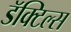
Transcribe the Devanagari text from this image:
डॅक्टिल्स